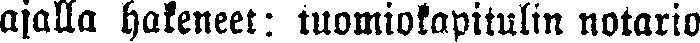
ajalla hakeneet tuomiokapitulin notario